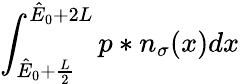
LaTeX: \int_{\hat{E}_{0}+\frac{L}{2}}^{\hat{E}_{0}+2L}p\ast n_{\sigma}(x)dx